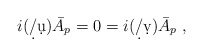
\begin{align*} i(\d/\d u) \bar A_p = 0 = i(\d/\d v) \bar A_p~,\end{align*}